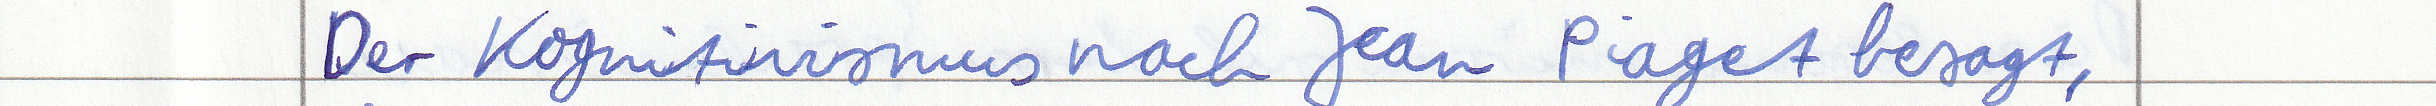
Der Kognitivismus nach Jean Piaget besagt,